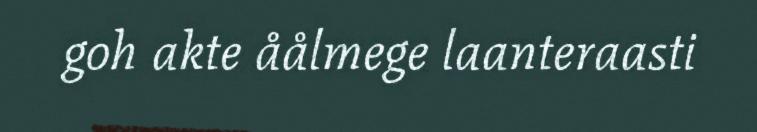
goh akte åålmege laanteraasti